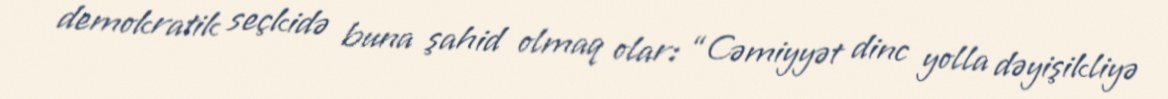
demokratik seçkidə buna şahid olmaq olar: “Cəmiyyət dinc yolla dəyişikliyə